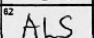
Transcription: ALS